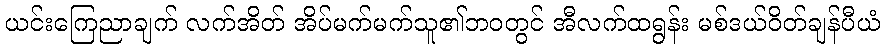
ယင်းကြေညာချက် လက်အိတ် အိပ်မက်မက်သူ၏ဘ၀တွင် အီလက်ထရွန်း မစ်ဒယ်ဝိတ်ချန်ပီယံ